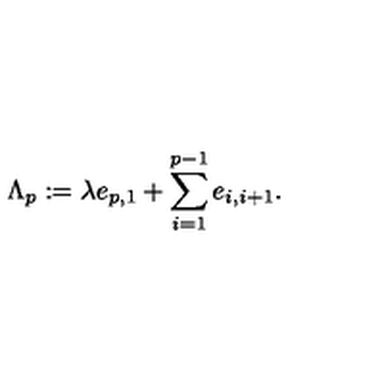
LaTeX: \Lambda _ { p } : = \lambda e _ { p , 1 } + \sum _ { i = 1 } ^ { p - 1 } e _ { i , i + 1 } .